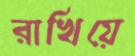
রাখিয়ে